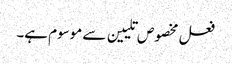
فعل مخصوص تلیین سے موسوم ہے۔